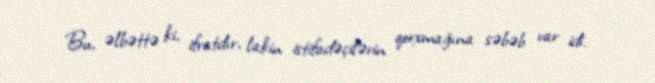
Bu, əlbəttə ki, ifratdır, lakin istifadəçilərin qorxmağına səbəb var idi.